Report of an investigation of the epidemic of malarial fever in Assam, or, kala-azar
Disease focus: Malaria
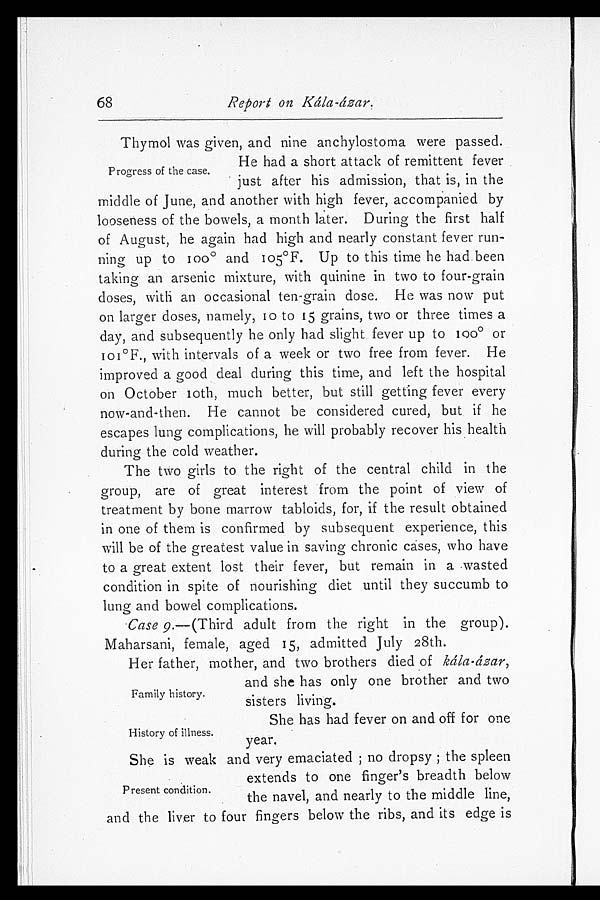
68
Report on Kála-ázar.
Progress of the case.
Thymol was given, and nine anchylostoma were passed.
He had a short attack of remittent fever
just after his admission, that is, in the
middle of June, and another with high fever, accompanied by
looseness of the bowels, a month later. During the first half
of August, he again had high and nearly constant fever run
-ning up to 100º and 105°F. Up to this time he had been
taking an arsenic mixture, with quinine in two to four-grain
doses, with an occasional ten-grain dose. He was now put
on larger doses, namely, to to 15 grains, two or three times a
day, and subsequently he only had slight fever up to 100° or
101°F., with intervals of a week or two free from fever. He a
improved a good deal during this time, and left the hospital
on October 10th, much better, but still getting fever every
now-and-then. He cannot be considered cured, but if he
escapes lung complications, he will probably recover his health
during the cold weather.
The two girls to the right of the central child in the
group, are of great interest from the point of view of
treatment by bone marrow tabloids, for, if the result obtained
in one of them is confirmed by subsequent experience, this
will be of the greatest value in saving chronic cases, who have
to a great extent lost their fever, but remain in a wasted
condition in spite of nourishing diet until they succumb to
lung and bowel complications.
Case 9.—(Third adult from the right in the group).
Maharsani, female, aged 15, admitted July 28th.
Family history.
Her father, mother, and two brothers died of kála-ázar,
and she has only one brother and two
sisters living.
History of illness.
•
She has had fever on and off for one
year.
Present condition.
She is weak and very emaciated; no dropsy; the spleen
extends to one finger's breadth below
the navel, and nearly to the middle line,
and the liver to four fingers below the ribs, and its edge is